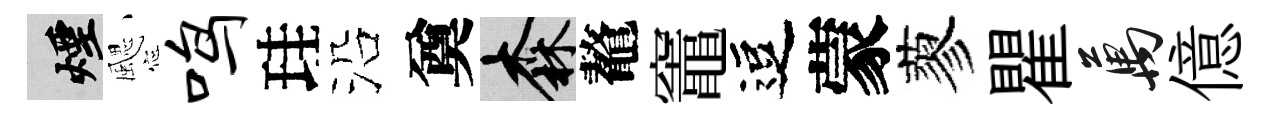
煙颸鸣珪沿奠森鼇竈逗蒙蓼瞿萬億